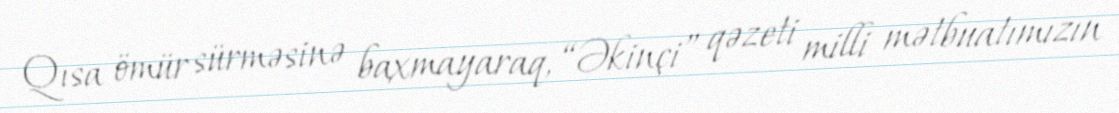
Qısa ömür sürməsinə baxmayaraq, “Əkinçi” qəzeti milli mətbuatımızın